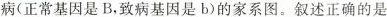
病(正常基因是B，致病基因是b)的家系图。叙述正确的是